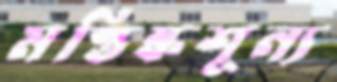
মস্তিষ্কশূন্য